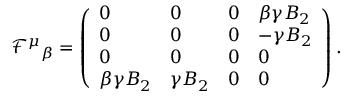
\mathcal { F } ^ { \mu } { } _ { \beta } = \left( \begin{array} { l l l l } { 0 } & { 0 } & { 0 } & { \beta \gamma B _ { 2 } } \\ { 0 } & { 0 } & { 0 } & { - \gamma B _ { 2 } } \\ { 0 } & { 0 } & { 0 } & { 0 } \\ { \beta \gamma B _ { 2 } } & { \gamma B _ { 2 } } & { 0 } & { 0 } \end{array} \right) .